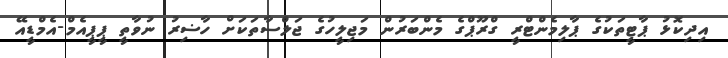
އިދިކޮޅު ޕާޓީތަކުގެ ޕާލިމެންޓްރީ ގްރޫޕްގެ މެންބަރުން މަޖިލީހުގެ ޖަލްސާތަކަށް ހާޟިރު ނުވާތީ ޕީޕީއެމް-އެމްޑީއޭ